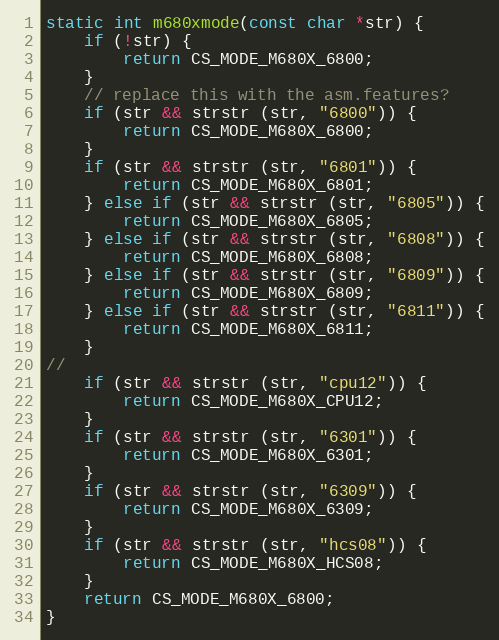
Language: C
static int m680xmode(const char *str) {
	if (!str) {
		return CS_MODE_M680X_6800;
	}
	// replace this with the asm.features?
	if (str && strstr (str, "6800")) {
		return CS_MODE_M680X_6800;
	}
	if (str && strstr (str, "6801")) {
		return CS_MODE_M680X_6801;
	} else if (str && strstr (str, "6805")) {
		return CS_MODE_M680X_6805;
	} else if (str && strstr (str, "6808")) {
		return CS_MODE_M680X_6808;
	} else if (str && strstr (str, "6809")) {
		return CS_MODE_M680X_6809;
	} else if (str && strstr (str, "6811")) {
		return CS_MODE_M680X_6811;
	}
//
	if (str && strstr (str, "cpu12")) {
		return CS_MODE_M680X_CPU12;
	}
	if (str && strstr (str, "6301")) {
		return CS_MODE_M680X_6301;
	}
	if (str && strstr (str, "6309")) {
		return CS_MODE_M680X_6309;
	}
	if (str && strstr (str, "hcs08")) {
		return CS_MODE_M680X_HCS08;
	}
	return CS_MODE_M680X_6800;
}